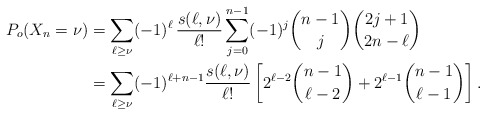
\begin{align*}\begin{aligned}P_o(X_n=\nu)&=\sum_{\ell\ge \nu}(-1)^{\ell}\,\frac{s(\ell,\nu)}{\ell!}\sum_{j=0}^{n-1}(-1)^{j}\binom{n-1}{j}\binom{2j+1}{2n-\ell}\\&=\sum_{\ell\ge\nu}(-1)^{\ell+n-1}\frac{s(\ell,\nu)}{\ell!}\left[2^{\ell-2}\binom{n-1}{\ell-2}+2^{\ell-1}\binom{n-1}{\ell-1}\right].\end{aligned}\end{align*}